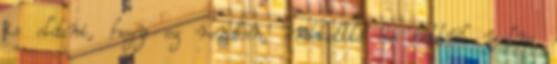
is oldani, hogy ez rendben, érdekeltté is tettük volna